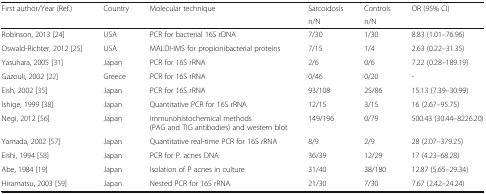
<table><thead><tr><td rowspan="2"><b>First author/Year (Ref.)</b></td><td rowspan="2"><b>Country</b></td><td rowspan="2"><b>Molecular technique</b></td><td><b>Sarcoidosis</b></td><td><b>Controls</b></td><td rowspan="2"><b>OR (95% CI)</b></td></tr><tr><td><b>n/N</b></td><td><b>n/N</b></td></tr></thead><tbody><tr><td>Robinson, 2013 [24]</td><td>USA</td><td>PCR for bacterial 16S rDNA</td><td>7/30</td><td>1/30</td><td>8.83 (1.01–76.96)</td></tr><tr><td>Oswald-Richter, 2012 [25]</td><td>USA</td><td>MALDI-IMS for propionibacterial proteins</td><td>7/15</td><td>1/4</td><td>2.63 (0.22–31.35)</td></tr><tr><td>Yasuhara, 2005 [31]</td><td>Japan</td><td>PCR for 16S rRNA</td><td>2/6</td><td>0/6</td><td>7.22 (0.28–189.19)</td></tr><tr><td>Gazouli, 2002 [22]</td><td>Greece</td><td>PCR for 16S rRNA</td><td>0/46</td><td>0/20</td><td>-</td></tr><tr><td>Eish, 2002 [35]</td><td>Japan</td><td>PCR for 16S rRNA</td><td>93/108</td><td>25/86</td><td>15.13 (7.39–30.99)</td></tr><tr><td>Ishige, 1999 [38]</td><td>Japan</td><td>Quantitative PCR for 16S rRNA</td><td>12/15</td><td>3/15</td><td>16 (2.67–95.75)</td></tr><tr><td>Negi, 2012 [56]</td><td>Japan</td><td>Immunohistochemical methods (PAG and TIG antibodies) and western blot</td><td>149/196</td><td>0/79</td><td>500.43 (30.44–8226.20)</td></tr><tr><td>Yamada, 2002 [57]</td><td>Japan</td><td>Quantitative real-time PCR for 16S rRNA</td><td>8/9</td><td>2/9</td><td>28 (2.07–379.25)</td></tr><tr><td>Eishi, 1994 [58]</td><td>Japan</td><td>PCR for P. acnes DNA</td><td>36/39</td><td>12/29</td><td>17 (4.23–68.28)</td></tr><tr><td>Abe, 1984 [19]</td><td>Japan</td><td>Isolation of P acnes in culture</td><td>31/40</td><td>38/180</td><td>12.87 (5.65–29.34)</td></tr><tr><td>Hiramatsu, 2003 [59]</td><td>Japan</td><td>Nested PCR for 16S rRNA</td><td>21/30</td><td>7/30</td><td>7.67 (2.42–24.24)</td></tr></tbody></table>